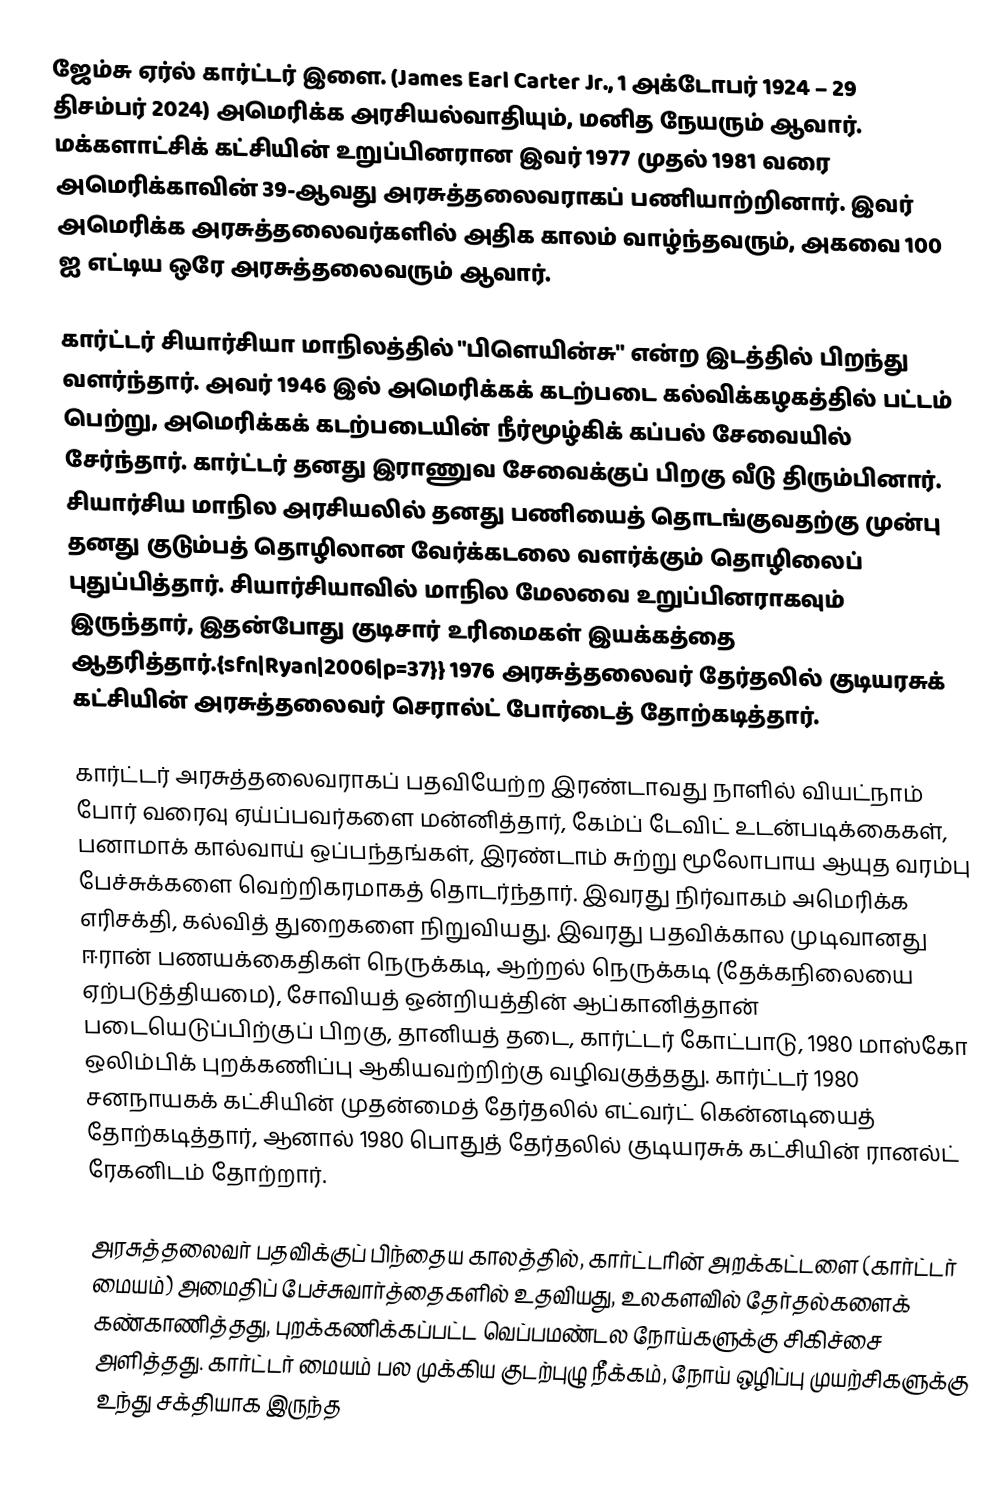
ஜேம்சு ஏர்ல் கார்ட்டர் இளை. (James Earl Carter Jr., 1 அக்டோபர் 1924 – 29 திசம்பர் 2024) அமெரிக்க அரசியல்வாதியும், மனித நேயரும் ஆவார். மக்களாட்சிக் கட்சியின் உறுப்பினரான இவர் 1977 முதல் 1981 வரை அமெரிக்காவின் 39-ஆவது அரசுத்தலைவராகப் பணியாற்றினார். இவர் அமெரிக்க அரசுத்தலைவர்களில் அதிக காலம் வாழ்ந்தவரும், அகவை 100 ஐ எட்டிய ஒரே அரசுத்தலைவரும் ஆவார்.

கார்ட்டர் சியார்சியா மாநிலத்தில் "பிளெயின்சு" என்ற இடத்தில் பிறந்து வளர்ந்தார். அவர் 1946 இல் அமெரிக்கக் கடற்படை கல்விக்கழகத்தில் பட்டம் பெற்று, அமெரிக்கக் கடற்படையின் நீர்மூழ்கிக் கப்பல் சேவையில் சேர்ந்தார். கார்ட்டர் தனது இராணுவ சேவைக்குப் பிறகு வீடு திரும்பினார். சியார்சிய மாநில அரசியலில் தனது பணியைத் தொடங்குவதற்கு முன்பு தனது குடும்பத் தொழிலான வேர்க்கடலை வளர்க்கும் தொழிலைப் புதுப்பித்தார். சியார்சியாவில் மாநில மேலவை உறுப்பினராகவும் இருந்தார், இதன்போது குடிசார் உரிமைகள் இயக்கத்தை ஆதரித்தார்.{sfn|Ryan|2006|p=37}} 1976 அரசுத்தலைவர் தேர்தலில் குடியரசுக் கட்சியின் அரசுத்தலைவர் செரால்ட் போர்டைத் தோற்கடித்தார்.

கார்ட்டர் அரசுத்தலைவராகப் பதவியேற்ற இரண்டாவது நாளில் வியட்நாம் போர் வரைவு ஏய்ப்பவர்களை மன்னித்தார், கேம்ப் டேவிட் உடன்படிக்கைகள், பனாமாக் கால்வாய் ஒப்பந்தங்கள், இரண்டாம் சுற்று மூலோபாய ஆயுத வரம்பு பேச்சுக்களை வெற்றிகரமாகத் தொடர்ந்தார். இவரது நிர்வாகம் அமெரிக்க எரிசக்தி, கல்வித் துறைகளை நிறுவியது. இவரது பதவிக்கால முடிவானது ஈரான் பணயக்கைதிகள் நெருக்கடி, ஆற்றல் நெருக்கடி (தேக்கநிலையை ஏற்படுத்தியமை), சோவியத் ஒன்றியத்தின் ஆப்கானித்தான் படையெடுப்பிற்குப் பிறகு, தானியத் தடை, கார்ட்டர் கோட்பாடு, 1980 மாஸ்கோ ஒலிம்பிக் புறக்கணிப்பு ஆகியவற்றிற்கு வழிவகுத்தது. கார்ட்டர் 1980 சனநாயகக் கட்சியின் முதன்மைத் தேர்தலில் எட்வர்ட் கென்னடியைத் தோற்கடித்தார், ஆனால் 1980 பொதுத் தேர்தலில் குடியரசுக் கட்சியின் ரானல்ட் ரேகனிடம் தோற்றார்.

அரசுத்தலைவர் பதவிக்குப் பிந்தைய காலத்தில், கார்ட்டரின் அறக்கட்டளை (கார்ட்டர் மையம்) அமைதிப் பேச்சுவார்த்தைகளில் உதவியது, உலகளவில் தேர்தல்களைக் கண்காணித்தது, புறக்கணிக்கப்பட்ட வெப்பமண்டல நோய்களுக்கு சிகிச்சை அளித்தது. கார்ட்டர் மையம் பல முக்கிய குடற்புழு நீக்கம், நோய் ஒழிப்பு முயற்சிகளுக்கு உந்து சக்தியாக இருந்த